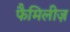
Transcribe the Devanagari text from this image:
फैमिलीज़